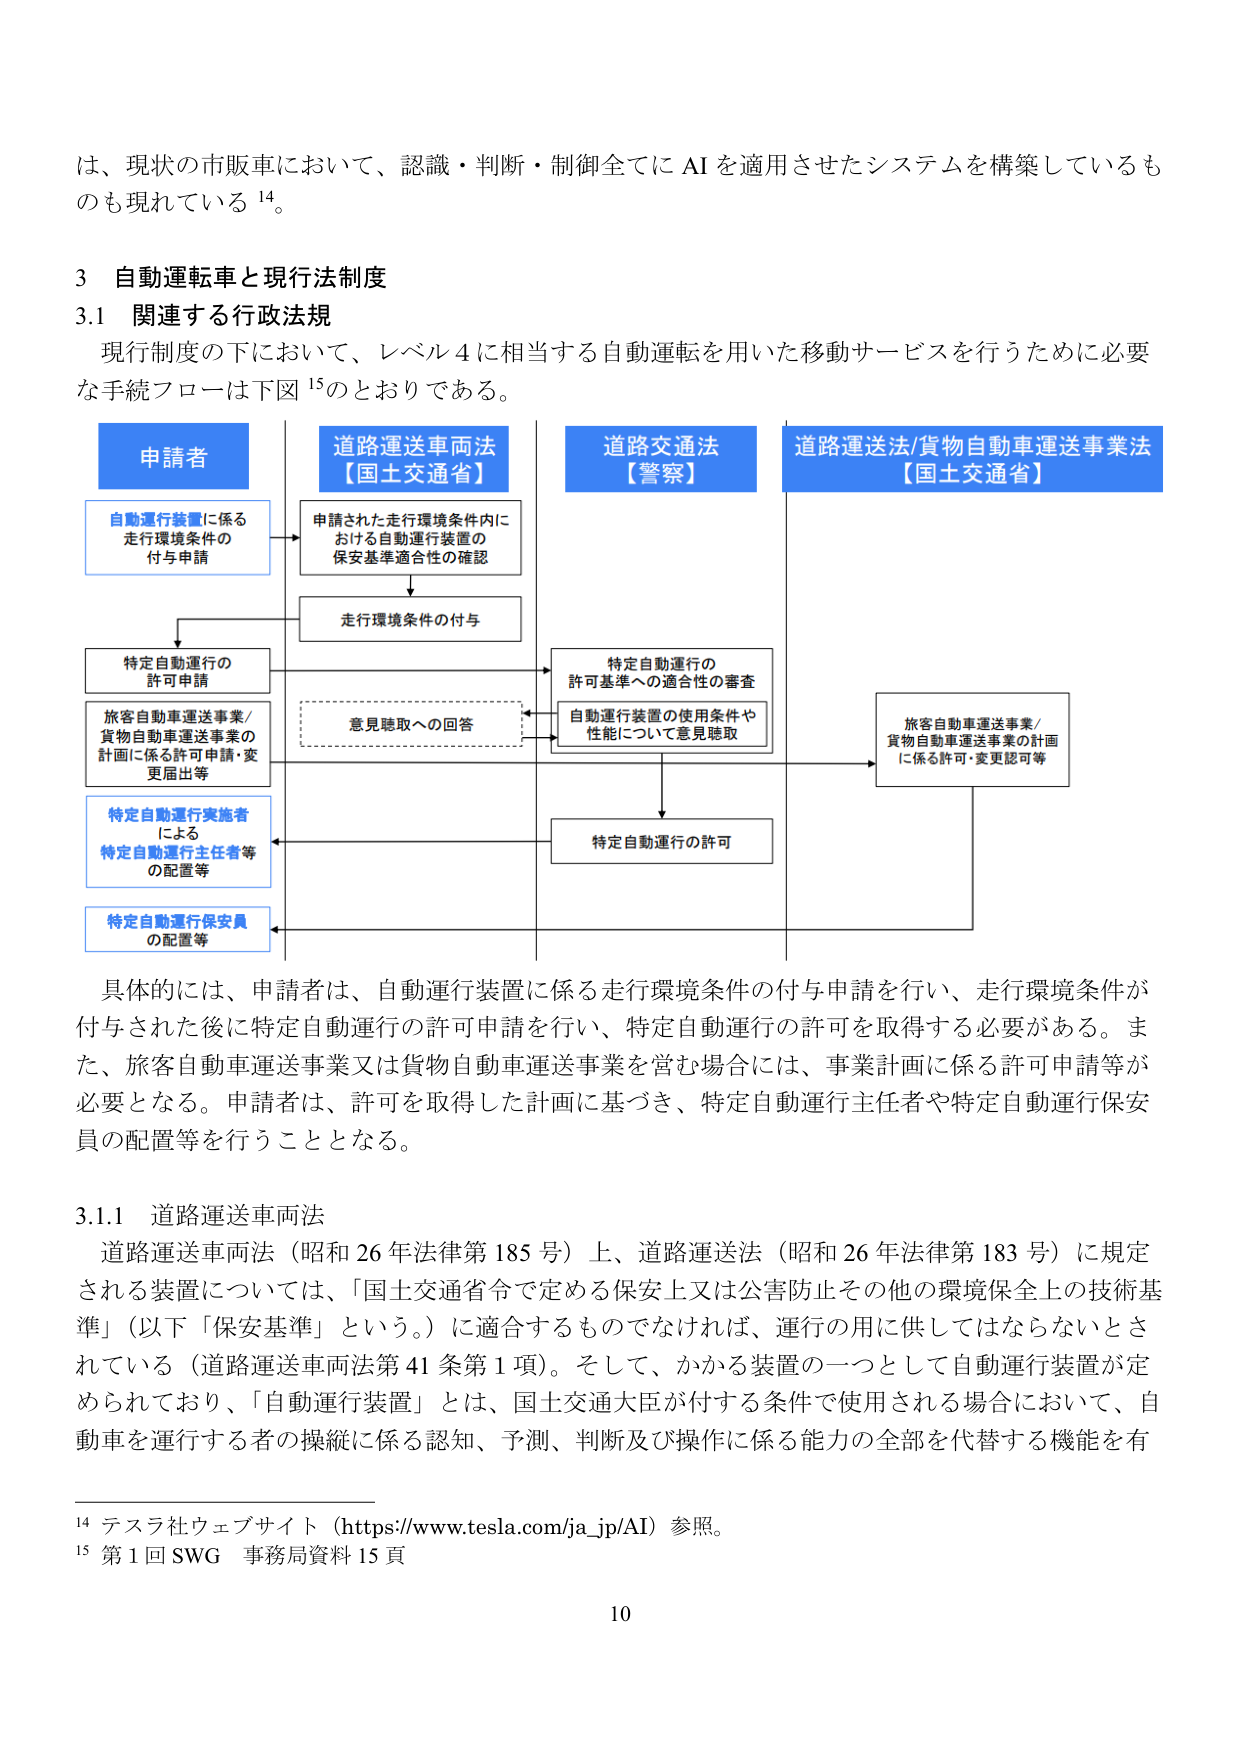
は、現状の市販車において、認識・判断・制御全てに AI を適用させたシステムを構築しているものも現れている¹⁴。

3 自動運転車と現行法制度
3.1 関連する行政法規
現行制度の下において、レベル4に相当する自動運転を用いた移動サービスを行うために必要な手続フローは下図¹⁵のとおりである。

申請者
自動運行装置に係る
走行環境条件の
付与申請

道路運送車両法
【国土交通省】
申請された走行環境条件内に
おける自動運行装置の
保安基準適合性の確認

走行環境条件の付与

特定自動運行の
許可申請

旅客自動車運送事業/
貨物自動車運送事業の
計画に係る許可申請・変
更届出等

特定自動運行実施者
による
特定自動運行主任者等
の配置等

特定自動運行保安員
の配置等

道路交通法
【警察】
特定自動運行の
許可基準への適合性の審査

自動運行装置の使用条件や
性能について意見聴取

意見聴取への回答

特定自動運行の許可

道路運送法/貨物自動車運送事業法
【国土交通省】
旅客自動車運送事業/
貨物自動車運送事業の計画
に係る許可・変更認可等

具体的には、申請者は、自動運行装置に係る走行環境条件の付与申請を行い、走行環境条件が付与された後に特定自動運行の許可申請を行い、特定自動運行の許可を取得する必要がある。また、旅客自動車運送事業又は貨物自動車運送事業を営む場合には、事業計画に係る許可申請等が必要となる。申請者は、許可を取得した計画に基づき、特定自動運行主任者や特定自動運行保安員の配置等を行うこととなる。

3.1.1 道路運送車両法
道路運送車両法（昭和26年法律第185号）上、道路運送法（昭和26年法律第183号）に規定される装置については、「国土交通省令で定める保安上又は公害防止その他の環境保全上の技術基準」（以下「保安基準」という。）に適合するものでなければ、運行の用に供してはならないとされている（道路運送車両法第41条第1項）。そして、かかる装置の一つとして自動運行装置が定められており、「自動運行装置」とは、国土交通大臣が付す条件で使用される場合において、自動車を運行する者の操縦に係る認知、予測、判断及び操作に係る能力の全部を代替する機能を有

¹⁴ テスラ社ウェブサイト（https://www.tesla.com/ja_jp/AI）参照。
¹⁵ 第1回SWG 事務局資料15頁

10